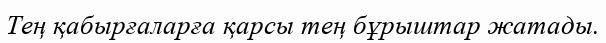
Тең қабырғаларға қарсы тең бұрыштар жатады.